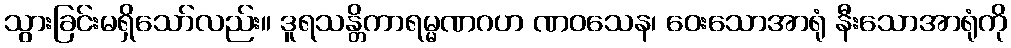
သွားခြင်းမရှိသော်လည်း။ ဒူရသန္တိကာရမ္မဏဂဟ ဏဝသေန၊ ဝေးသောအာရုံ နီးသောအာရုံကို